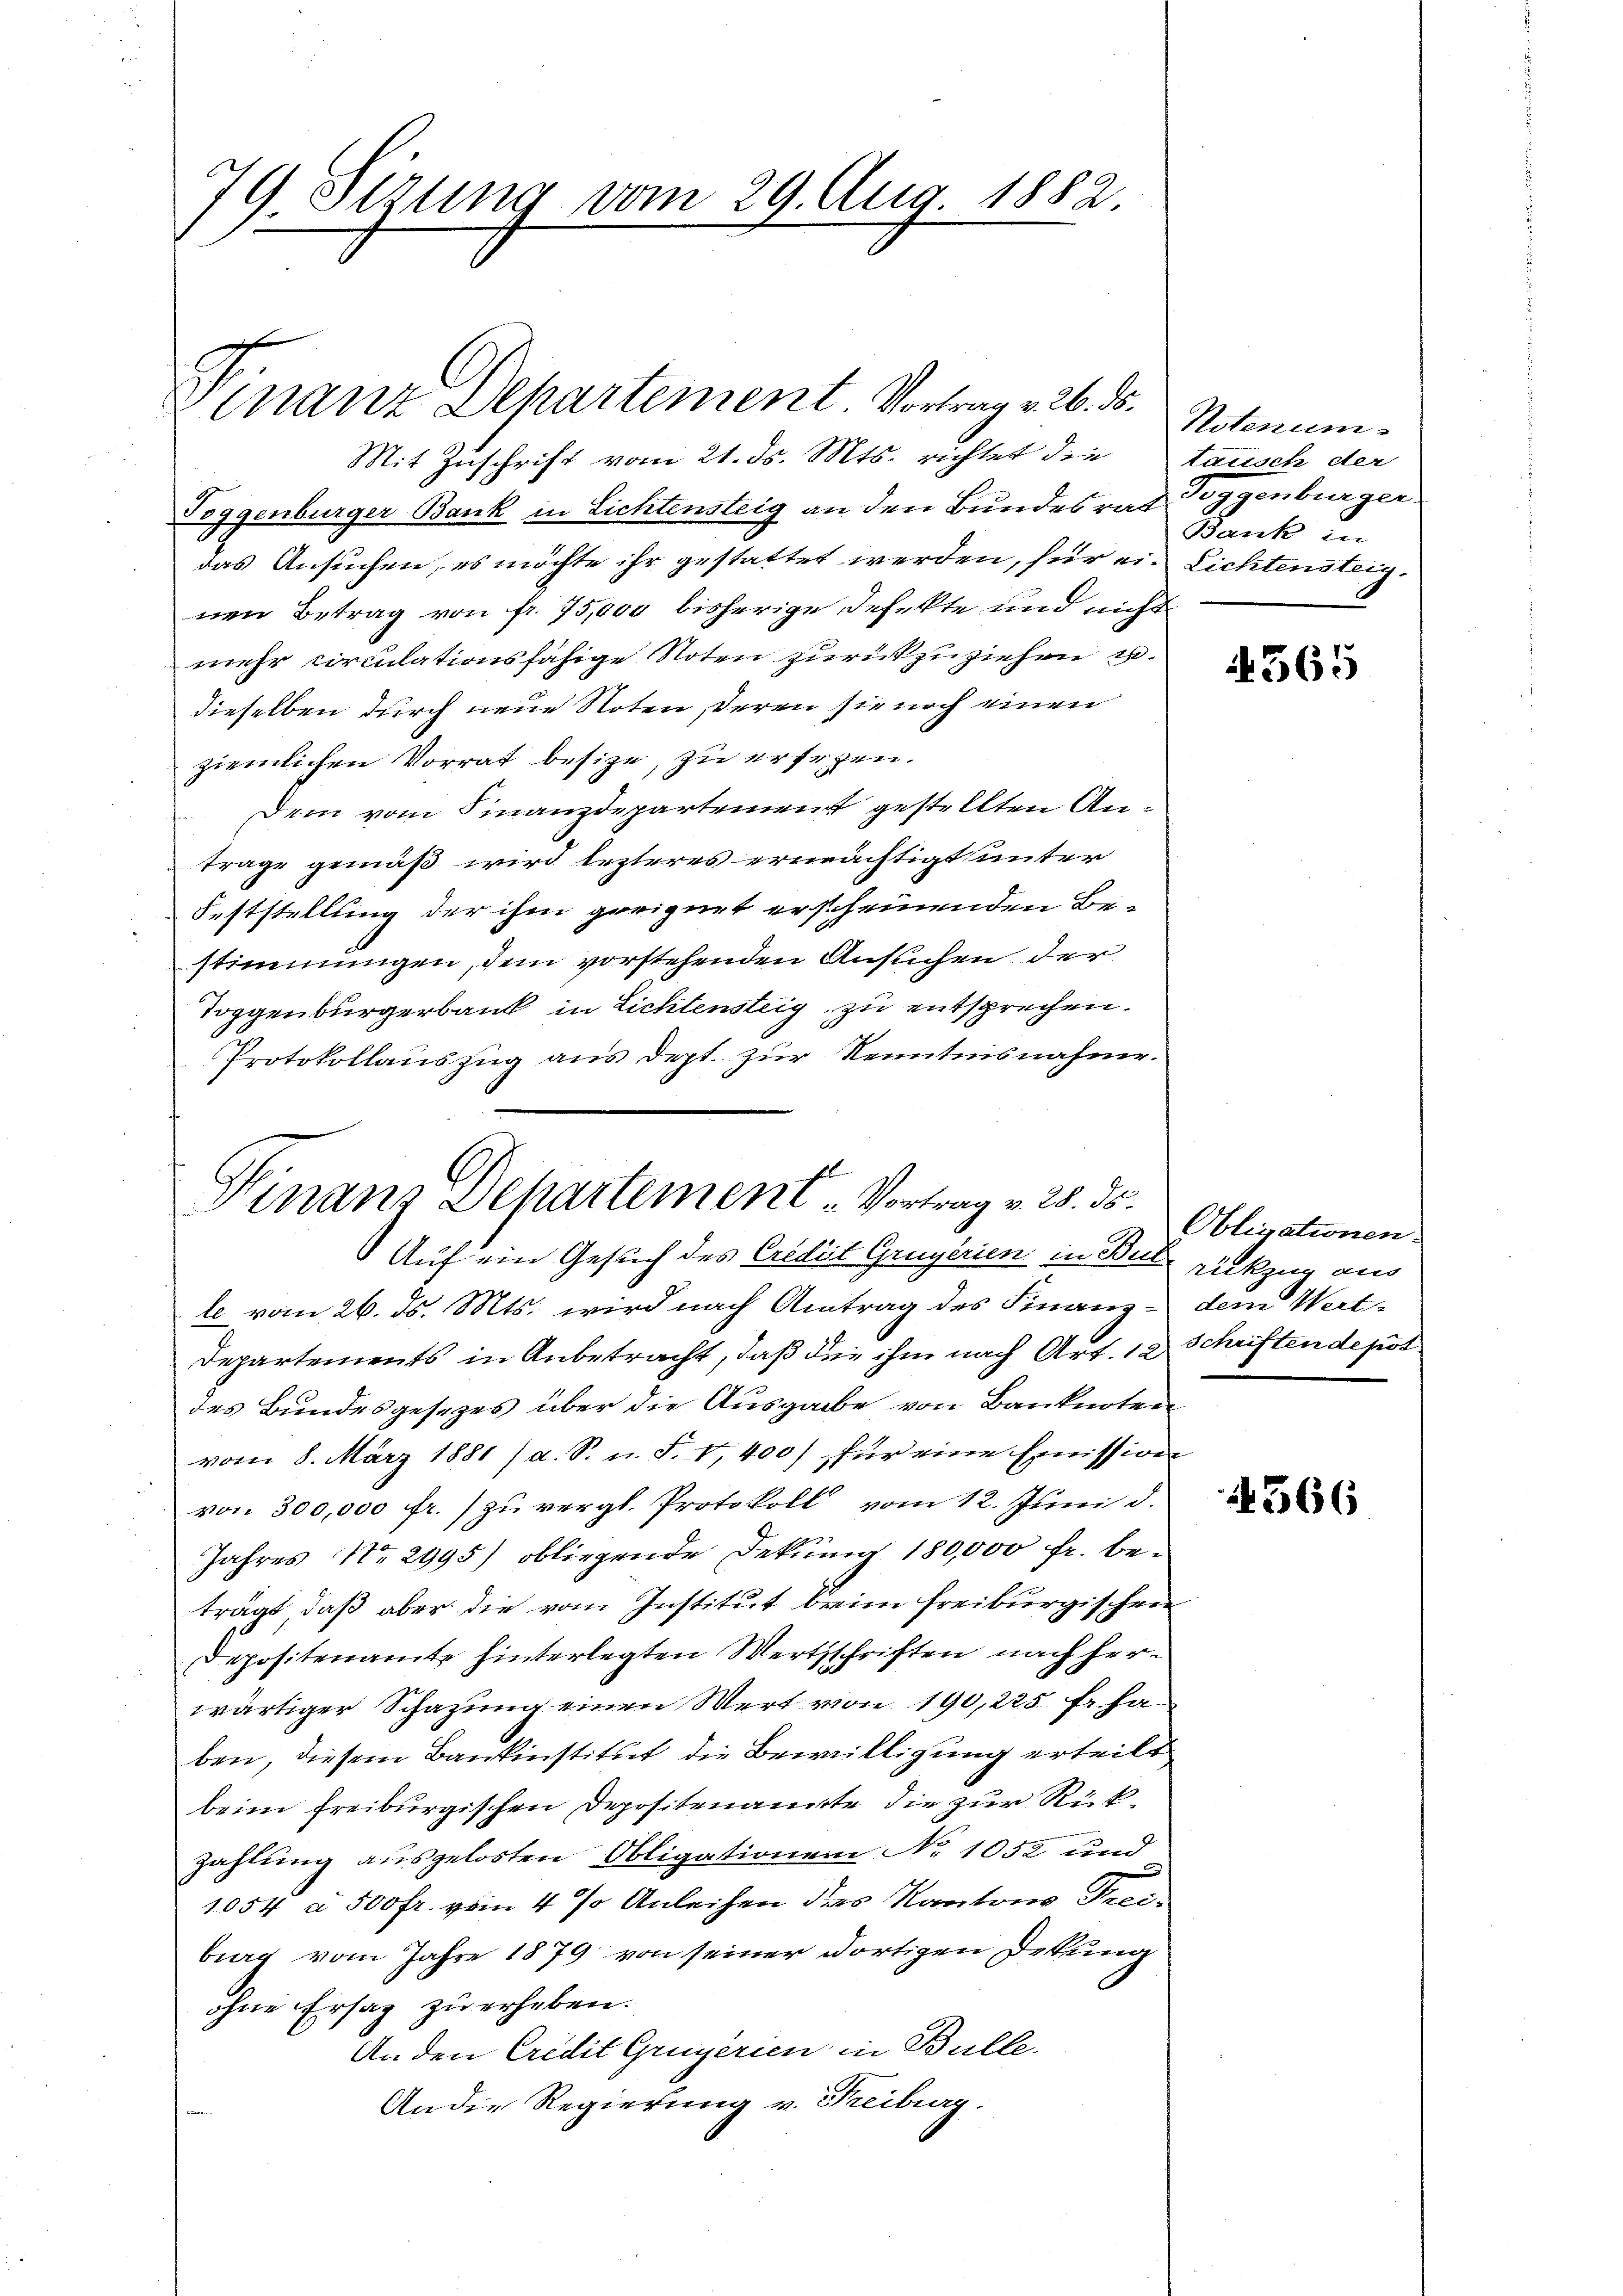
79. Sirung vom 29. Aug. 1882.

inanz Dehartement Vortrag v. 26. 15.

Mit Zuschrift vom 21. ds. Mts. richtet die
Toggenburger Bank in Lichtensteig an den Bundesrat ggenburgerdas Ansuchen, es möchte ihr gestattet werden, für ein Lichtensteig.
nen Betrag von fr. 75,000 bisherige Defekte und nicht
mehr circulationsfähige Noten zurückzuziehen u.
dieselben durch neue Noten, deren sie noch einen
ziemlichen Vorrat besize, zu ersehen.
Dem vom Finanzdepartement gestellten Antrage gemäß wird lezteres ermächtigt unter
Feststellung der ihm geeignet erscheinenden Be-
stimmungen, dem vorstehenden Ansuchen der
Toggenbürgerbank in Lichtensteig zu entsprechen.
Protokollauszug aus dept. zur Kenntnisnahme.

Finanz Dehartement - Vortrag v. 28. ds.
Auf ein Gesuch des Credit Grügerien in Berückzug aus

te vom 26. ds. Mts. wird nach Antrag des Finanz- dem Wert-
Departements in Anbetracht, daß die ihm nach Art. 12 Schriften depot
des Bundesgesezes über die Ausgabe von Banknoten
vom 8. März 1881 (a. S. u. S. 1400), für eine Emission
von 300,000 fr.) zu vergl. Protokoll vom 12. Juni d.
Jahres No 2995) obliegende Dekung 180,000 fr. beträgt, daß aber die vom Institut brein freiburgischen
Depositenamte hinterlegten Wertsschriften nach herwärtiger Schazung einen Wert von 190,225 fr. haben, diesem Bankinstitut die Bewilligung erteilt
beim freiburgischen Depositenannte die zur Rückzahlung ausgelosten Obligationen No 1052 und
1054 à 500 fr. vom 4 % Anleihen das Kantons Tei-
burg vom Jahre 1879 von seiner dortigen Deckung
ohne Ersaz zu erheben.
Anden Credit Gruperien in Bulle.
An die Regierung v. Freiburg.

Notenum
täusch der
Bank in

4365

Obligationen

4566